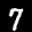
Label: 7